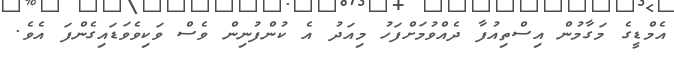
އެމްޑީގެ މަގާމުން އިސްތިއުފާ ދެއްވުމަށްފަހު މިއަދު އެ ކުންފުނިން ވެސް ވަކިވެވަޑައިގެންފަ އެވެ.